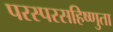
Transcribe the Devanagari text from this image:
परस्परसहिष्णुता